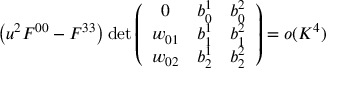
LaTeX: \left( u ^ { 2 } \/ F ^ { 0 0 } - F ^ { 3 3 } \right) \operatorname * { d e t } \left( \begin{array} { c c c } { { 0 } } & { { b _ { 0 } ^ { 1 } } } & { { b _ { 0 } ^ { 2 } } } \\ { { w _ { 0 1 } } } & { { b _ { 1 } ^ { 1 } } } & { { b _ { 1 } ^ { 2 } } } \\ { { w _ { 0 2 } } } & { { b _ { 2 } ^ { 1 } } } & { { b _ { 2 } ^ { 2 } } } \end{array} \right) = o ( K ^ { 4 } )